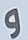
و